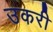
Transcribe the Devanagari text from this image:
उकरी